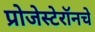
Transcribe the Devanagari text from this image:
प्रोजेस्टेरॉनचे